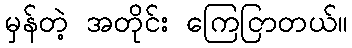
မှန်တဲ့ အတိုင်း ကြေငြာတယ်။